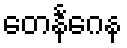
တေနင်္ဂေန